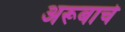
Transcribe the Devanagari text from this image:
अरूबाचे